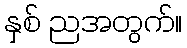
နှစ် ညအတွက်။